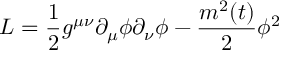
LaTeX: { \cal L } = \frac { 1 } { 2 } g ^ { \mu \nu } \partial _ { \mu } \phi \partial _ { \nu } \phi - \frac { m ^ { 2 } ( t ) } { 2 } \phi ^ { 2 }